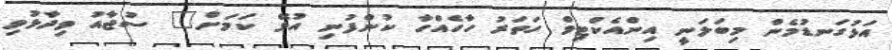
އަޅުގަނޑުމެން މިބަލަނީ އިންއެކްޓިވް ހަތަރު ހާހެއްހާ ކުންފުނި އުޅޭ ކަމަށް" ސުޖާއު ވިދާޅުވި